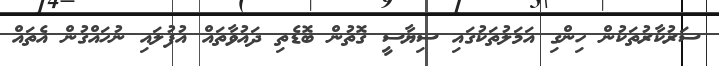
ސަރުކާރުތަކުން ހިންގި އަމަލުތަކުގައި ސިޔާސީ ގޮތުން ބޮޑެތި ދައުވާތައް އުފުލައި ނުހައްގުން އެތައް